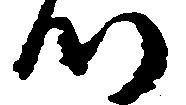
つ